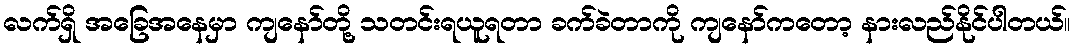
လက်ရှိ အခြေအနေမှာ ကျနော်တို့ သတင်းရယူရတာ ခက်ခဲတာကို ကျနော်ကတော့ နားလည်နိုင်ပါတယ်။